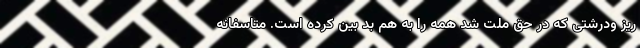
ریز ودرشتی که در حق ملت شد همه را به هم بد بین کرده است. متاسفانه